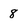
Character: 8